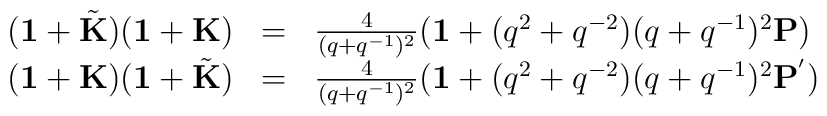
\begin{array}{rcl}({\bf 1}+\tilde{\bf K})({\bf 1}+{\bf K})&=&\frac{4}{(q+q^{-1})^{2}}({\bf 1}+(q^{2}+q^{-2})(q+q^{-1})^{2}{\bf P})\\({\bf 1}+{\bf K})({\bf 1}+\tilde{\bf K})&=&\frac{4}{(q+q^{-1})^{2}}({\bf 1}+(q^{2}+q^{-2})(q+q^{-1})^{2}{\bf P}^{'})\end{array}